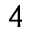
^ { 4 }